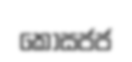
කොසජජ